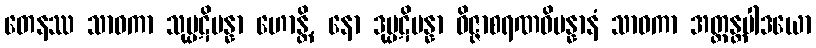
တေနဿ သာဝကာ သုပ္ပဋိပန္နာ ဟောန္တိ, နော ဒုပ္ပဋိပန္နာ ဝိဇ္ဇာစရဏဝိပန္နာနံ သာဝကာ အတ္တန္တပါဒယော